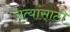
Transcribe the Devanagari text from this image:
नृत्यांसाठी